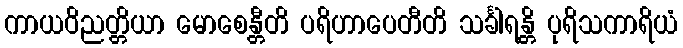
ကာယဝိညတ္တိယာ မောစေန္တီတိ ပရိဟာပေတီတိ သင်္ခါရန္တိ ပုရိသကာရိယံ